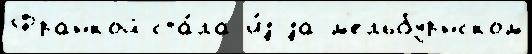
Франкой ста́ла и́з-за м'ельбурнском